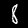
Label: 8